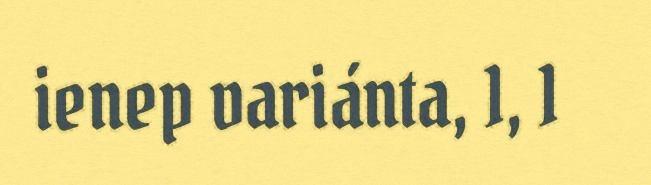
ienep variánta, 1, 1